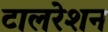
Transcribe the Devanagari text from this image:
टालरेशन